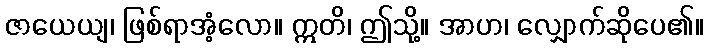
ဇာယေယျ၊ ဖြစ်ရာအံ့လော။ ဣတိ၊ ဤသို့။ အာဟ၊ လျှောက်ဆိုပေ၏။